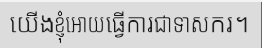
យើងខ្ញុំអោយធ្វើការជាទាសករ។